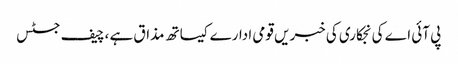
پی آئی اے کی نجکاری کی خبریں قومی ادارے کیساتھ مذاق ہے ،چیف جسٹس